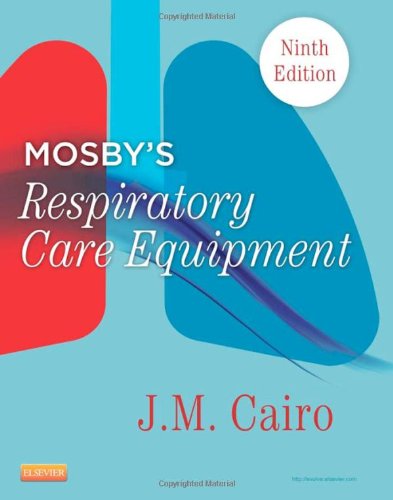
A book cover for Mosby's Respiratory Care Equipment, 9e; J. M. Cairo PhD  RRT  FAARC; Medical Books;